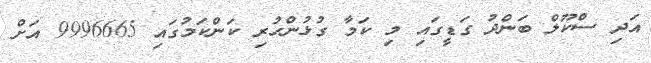
އަދި ސްކޫލް ބަންދު ގަޑީގައި މި ކަމާ ގުޅުންހުރި ކަންކަމުގައި 9996665 އަށް